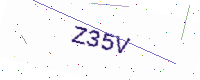
Text: Z35V